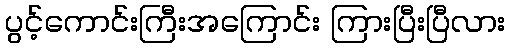
ပွင့်ကောင်းကြီးအကြောင်း ကြားပြီးပြီလား